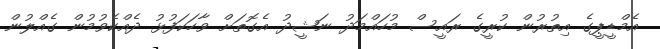
އެމްޑީޕީގެ އިތުރުން ކުރީގެ ރައީސް މުހައްމަދު ނަޝީދު އެގޮތަށް ވާހަކަފުޅު ދެއްކެވުމުން ގެއްލުން